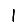
Digit: 1